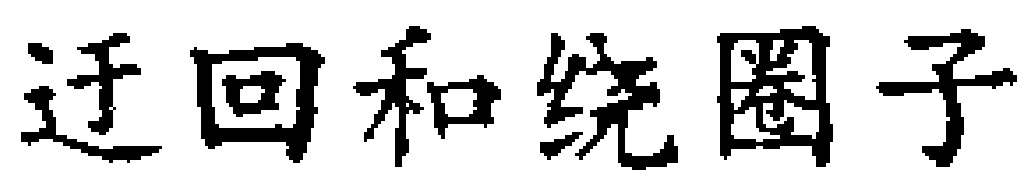
迂回和绕圈子